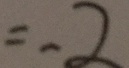
= - 2